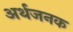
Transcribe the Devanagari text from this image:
अर्थजनक